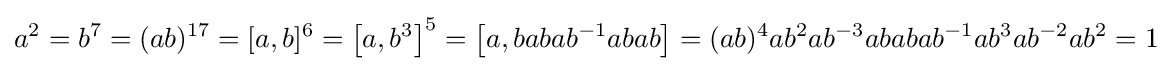
a^{2}=b^{7}=(ab)^{17}=[a,b]^{6}=\left[a,b^{3}\right]^{5}=\left[a,babab^{-1}abab\right]=(ab)^{4}ab^{2}ab^{-3}ababab^{-1}ab^{3}ab^{-2}ab^{2}=1